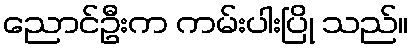
ညောင်ဦးက ကမ်းပါးပြို သည်။